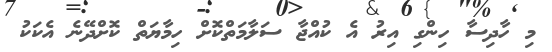
މި ހާދިސާ ހިންގި އިރު އެ ކުއްޖާ ސަލާމަތްކޮށް ހިމާޔަތް ކޮށްދޭނެ އެކަކު